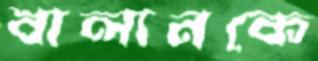
বালানকে